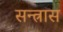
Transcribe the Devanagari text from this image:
सन्त्रास